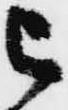
被